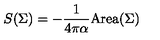
S ( \Sigma ) = - { \frac { 1 } { 4 \pi \alpha } } \mathrm { A r e a } ( \Sigma )